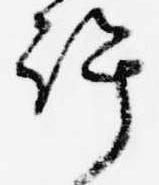
許